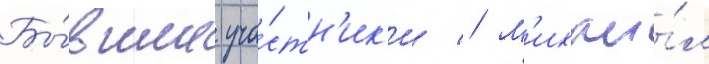
Бы́вшие уча́стн'ик'и // М'ихаи́л